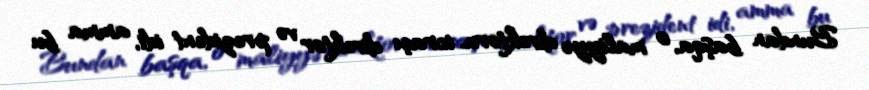
Bundan başqa, o maliyyə direktoru, icraçı direktor və prezident idi, amma bu